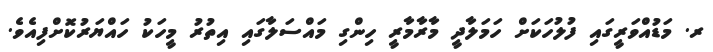
ރ. މަޑުއްވަރީގައި ފުލުހަކަށް ހަމަލާދީ މާރާމާރީ ހިންގި މައްސަލާގައި އިތުރު މީހަކު ހައްޔަރުކޮށްފިއެވެ.